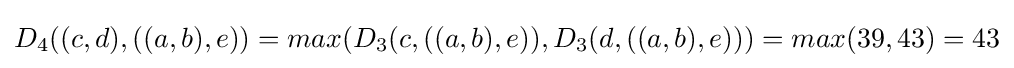
D_{4}((c,d),((a,b),e))=max(D_{3}(c,((a,b),e)),D_{3}(d,((a,b),e)))=max(39,43)=43